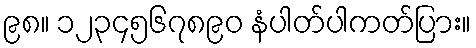
၉၈။ ၁၂၃၄၅၆၇၈၉၀ နံပါတ်ပါကတ်ပြား။